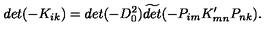
d e t ( - K _ { i k } ) = d e t ( - D _ { 0 } ^ { 2 } ) \widetilde { d e t } ( - P _ { i m } K _ { m n } ^ { \prime } P _ { n k } ) .